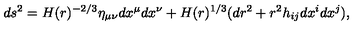
d s ^ { 2 } = H ( r ) ^ { - 2 / 3 } \eta _ { \mu \nu } d x ^ { \mu } d x ^ { \nu } + H ( r ) ^ { 1 / 3 } ( d r ^ { 2 } + r ^ { 2 } h _ { i j } d x ^ { i } d x ^ { j } ) ,